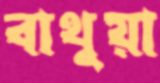
বাথুয়া